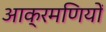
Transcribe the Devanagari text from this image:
आक्रमणियों